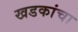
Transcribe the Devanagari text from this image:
खडकांचा